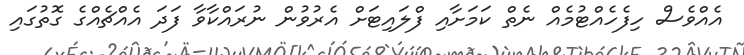
އެއްވެސް ހިފެހެއްޓުމެއް ނެތް ކަމަށާއި ފްލައިޓަށް އެރުވުން ނުރައްކާވާ ފަދަ އެއްޗެއްގެ ގޮތުގައި